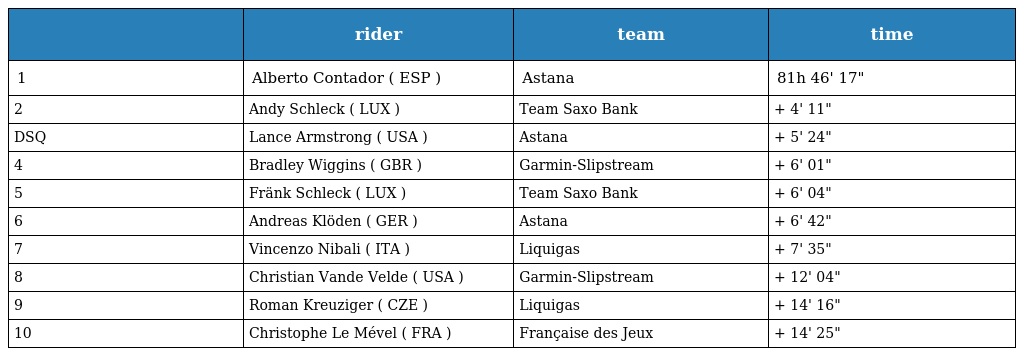
|  | rider | team | time |
 | --- | --- | --- | --- |
 | 1 | Alberto Contador ( ESP ) | Astana | 81h 46' 17" |
 | 2 | Andy Schleck ( LUX ) | Team Saxo Bank | + 4' 11" |
 | DSQ | Lance Armstrong ( USA ) | Astana | + 5' 24" |
 | 4 | Bradley Wiggins ( GBR ) | Garmin-Slipstream | + 6' 01" |
 | 5 | Fränk Schleck ( LUX ) | Team Saxo Bank | + 6' 04" |
 | 6 | Andreas Klöden ( GER ) | Astana | + 6' 42" |
 | 7 | Vincenzo Nibali ( ITA ) | Liquigas | + 7' 35" |
 | 8 | Christian Vande Velde ( USA ) | Garmin-Slipstream | + 12' 04" |
 | 9 | Roman Kreuziger ( CZE ) | Liquigas | + 14' 16" |
 | 10 | Christophe Le Mével ( FRA ) | Française des Jeux | + 14' 25" |